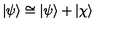
| \psi \rangle \cong | \psi \rangle + | \chi \rangle